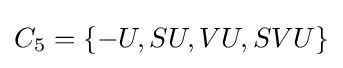
C_{5}=\{-U,SU,VU,SVU\}